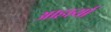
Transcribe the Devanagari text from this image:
आहार्या